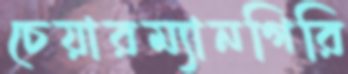
চেয়ারম্যানগিরি